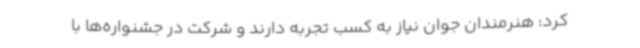
کرد: هنرمندان جوان نیاز به کسب تجربه دارند و شرکت در جشنواره‌ها با